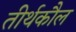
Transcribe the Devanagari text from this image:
तीर्थकौल